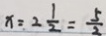
x = 2 \frac { 1 } { 2 } = \frac { 5 } { 2 }